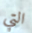
التي